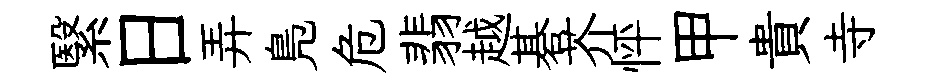
繄日弄鳬危翡越碁芥怦甲貴寺